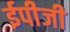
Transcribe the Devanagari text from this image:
ईपीजी